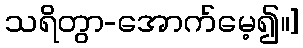
သရိတွာ-အောက်မေ့၍။]